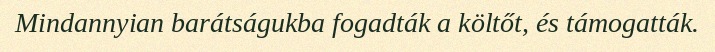
Mindannyian barátságukba fogadták a költőt, és támogatták.